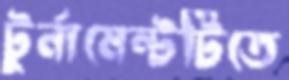
টুর্নামেন্টটিতে